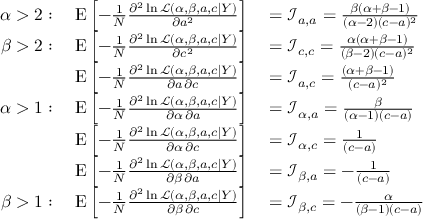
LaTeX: \begin{array} { r l } { \alpha > 2 : \quad \operatorname { E } \left[ - { \frac { 1 } { N } } { \frac { \partial ^ { 2 } \ln { \mathcal { L } } ( \alpha , \beta , a , c \mid Y ) } { \partial a ^ { 2 } } } \right] } & { { } = { \mathcal { I } } _ { a , a } = { \frac { \beta ( \alpha + \beta - 1 ) } { ( \alpha - 2 ) ( c - a ) ^ { 2 } } } } \\ { \beta > 2 : \quad \operatorname { E } \left[ - { \frac { 1 } { N } } { \frac { \partial ^ { 2 } \ln { \mathcal { L } } ( \alpha , \beta , a , c \mid Y ) } { \partial c ^ { 2 } } } \right] } & { { } = { \mathcal { I } } _ { c , c } = { \frac { \alpha ( \alpha + \beta - 1 ) } { ( \beta - 2 ) ( c - a ) ^ { 2 } } } } \\ { \operatorname { E } \left[ - { \frac { 1 } { N } } { \frac { \partial ^ { 2 } \ln { \mathcal { L } } ( \alpha , \beta , a , c \mid Y ) } { \partial a \, \partial c } } \right] } & { { } = { \mathcal { I } } _ { a , c } = { \frac { ( \alpha + \beta - 1 ) } { ( c - a ) ^ { 2 } } } } \\ { \alpha > 1 : \quad \operatorname { E } \left[ - { \frac { 1 } { N } } { \frac { \partial ^ { 2 } \ln { \mathcal { L } } ( \alpha , \beta , a , c \mid Y ) } { \partial \alpha \, \partial a } } \right] } & { { } = { \mathcal { I } } _ { \alpha , a } = { \frac { \beta } { ( \alpha - 1 ) ( c - a ) } } } \\ { \operatorname { E } \left[ - { \frac { 1 } { N } } { \frac { \partial ^ { 2 } \ln { \mathcal { L } } ( \alpha , \beta , a , c \mid Y ) } { \partial \alpha \, \partial c } } \right] } & { { } = { \mathcal { I } } _ { \alpha , c } = { \frac { 1 } { ( c - a ) } } } \\ { \operatorname { E } \left[ - { \frac { 1 } { N } } { \frac { \partial ^ { 2 } \ln { \mathcal { L } } ( \alpha , \beta , a , c \mid Y ) } { \partial \beta \, \partial a } } \right] } & { { } = { \mathcal { I } } _ { \beta , a } = - { \frac { 1 } { ( c - a ) } } } \\ { \beta > 1 : \quad \operatorname { E } \left[ - { \frac { 1 } { N } } { \frac { \partial ^ { 2 } \ln { \mathcal { L } } ( \alpha , \beta , a , c \mid Y ) } { \partial \beta \, \partial c } } \right] } & { { } = { \mathcal { I } } _ { \beta , c } = - { \frac { \alpha } { ( \beta - 1 ) ( c - a ) } } } \end{array}